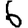
Digit: 6